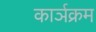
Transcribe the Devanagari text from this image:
कार्ञक्रम